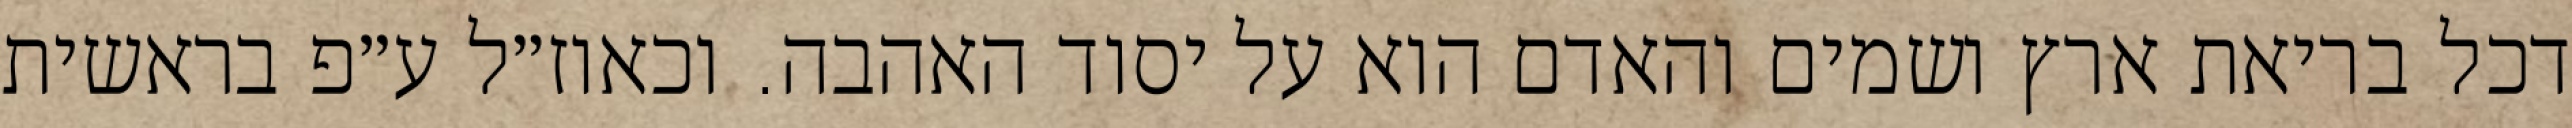
דכל בריאת ארץ ושמים והאדם הוא על יסוד האהבה. וכאוז״ל ע״פ בראשית